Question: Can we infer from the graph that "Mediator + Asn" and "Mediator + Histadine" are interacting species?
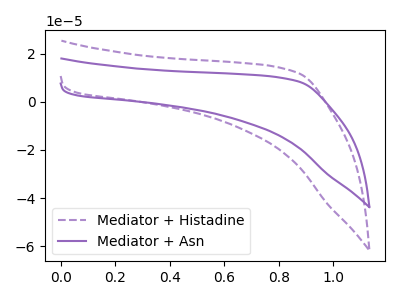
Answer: <think>The purple dashed curve "Mediator + Histadine" has no peaks. The purple curve "Mediator + Asn" has no peaks.
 Neither "Mediator + Asn" or "Mediator + Histadine" have any peaks.</think>
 <answer>No, "Mediator + Asn" and "Mediator + Histadine" don't appear to be significantly different in shape</answer>
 <eval>no_change</eval>